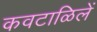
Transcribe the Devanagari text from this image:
कवटाळिलें